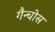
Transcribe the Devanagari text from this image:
गैन्चोस